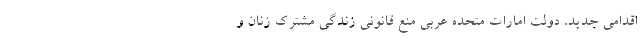
اقدامی جدید، دولت امارات متحده عربی منع قانونی زندگی مشترک زنان و